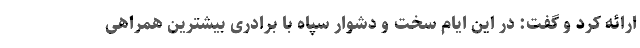
ارائه کرد و گفت: در این ایام سخت و دشوار سپاه با برادری بیشترین همراهی